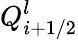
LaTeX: Q_{i+1/2}^{l}